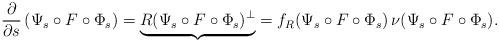
LaTeX: \begin{align*}\frac{\partial}{\partial s}\left(\Psi_s \circ F \circ \Phi_s\right) = \underbrace{R(\Psi_s \circ F \circ \Phi_s)^{\perp}}_{} = f_R(\Psi_s \circ F \circ \Phi_s)\,\nu(\Psi_s \circ F \circ \Phi_s).\end{align*}